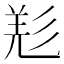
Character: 𢒘